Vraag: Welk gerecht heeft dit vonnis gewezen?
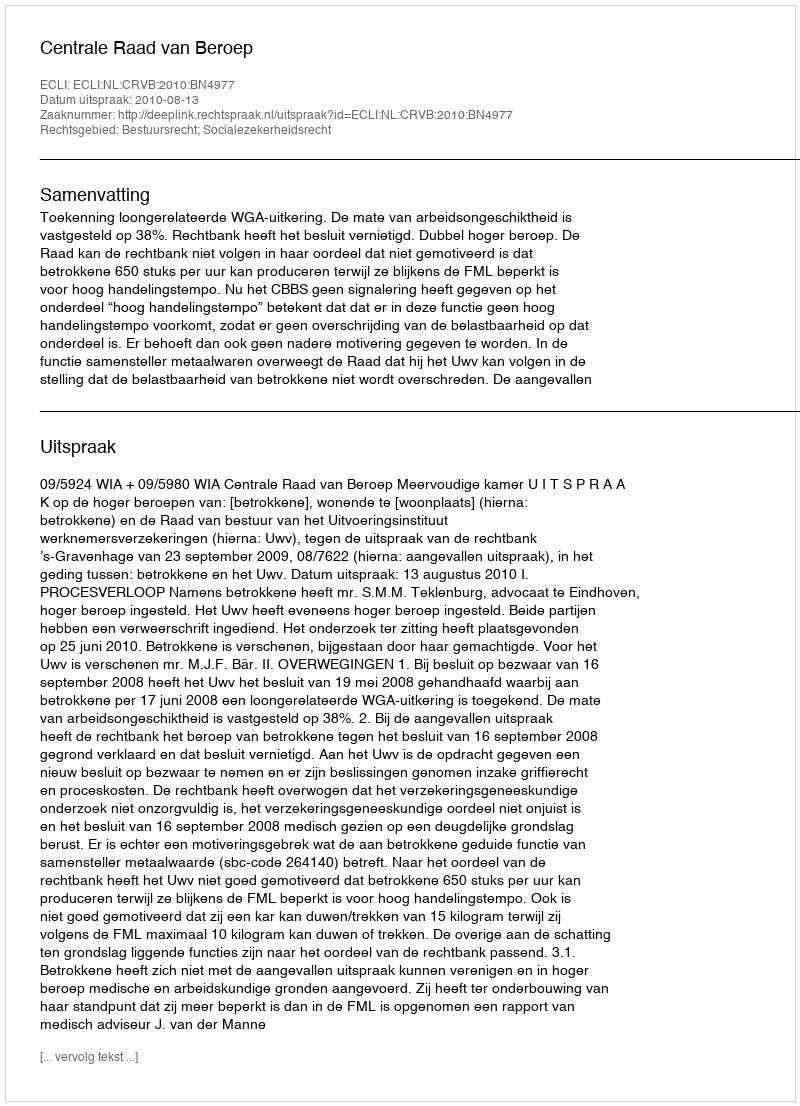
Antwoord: Centrale Raad van Beroep